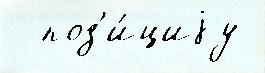
  поз'и́циjу